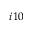
i 1 0